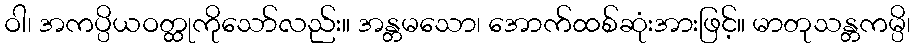
ဝါ၊ အကပ္ပိယဝတ္ထုကိုသော်လည်း။ အန္တမသော၊ အောက်ထစ်ဆုံးအားဖြင့်။ မာတုသန္တကမ္ပိ၊